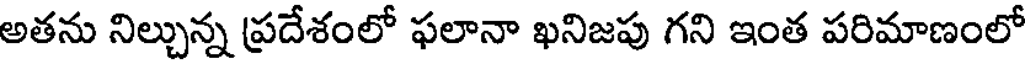
అతను నిల్చున్న ప్రదేశంలో ఫలానా ఖనిజపు గని ఇంత పరిమాణంలో